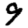
Digit: 9